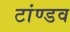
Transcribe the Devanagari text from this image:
टांण्डव